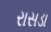
રાસડા